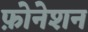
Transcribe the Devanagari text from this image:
फ़ोनेशन